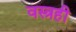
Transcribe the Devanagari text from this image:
वस्त्रही